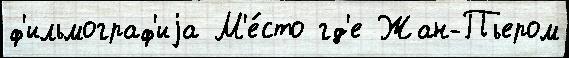
ф'ильмограф'иjа М'е́сто гд'е Жан-Пьером